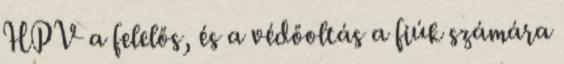
HPV a felelős, és a védőoltás a fiúk számára